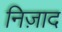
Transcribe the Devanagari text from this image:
निज़ाद